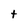
Character: t